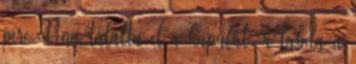
perc Pena találta el a kapufát, a labda a